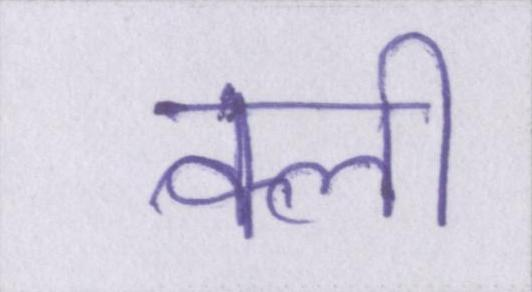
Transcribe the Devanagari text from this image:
क्ली